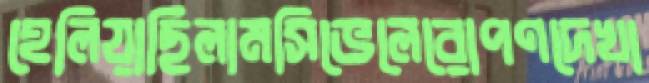
হেলিয়াছিলামসিভেলেরোপণদেখা